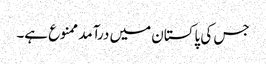
جس کی پاکستان میں درآمد ممنوع ہے۔